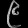
Digit: ၉